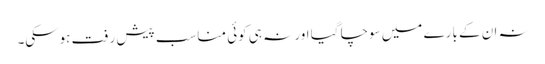
نہ ان کے بارے میں سوچا گیا اور نہ ہی کوئی مناسب پیش رفت ہوسکی۔